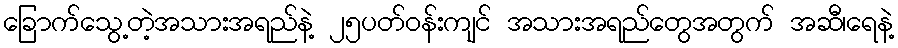
ခြောက်သွေ့တဲ့အသားအရည်နဲ့ ၂၅ပတ်ဝန်းကျင် အသားအရည်တွေအတွက် အဆီ၊ရေနဲ့